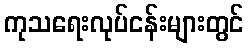
ကုသရေးလုပ်ငန်းများတွင်